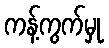
ကန့်ကွက်မှု